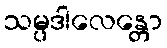
သမ္ပဒါလေန္တော